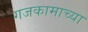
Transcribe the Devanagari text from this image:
गजकामाच्या